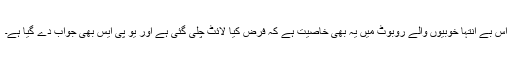
اِس بے انتہا خوبیوں والے روبوٹ میں یہ بھی خاصیت ہے کہ فرض کیا لائٹ چلی گئی ہے اور یو پی ایس بھی جواب دے گیا ہے۔